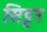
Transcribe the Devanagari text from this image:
सिट्टर